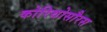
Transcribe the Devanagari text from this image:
कोरिथोसौरस